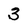
Character: 3